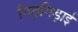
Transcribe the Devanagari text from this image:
गिड़गिड़ाई